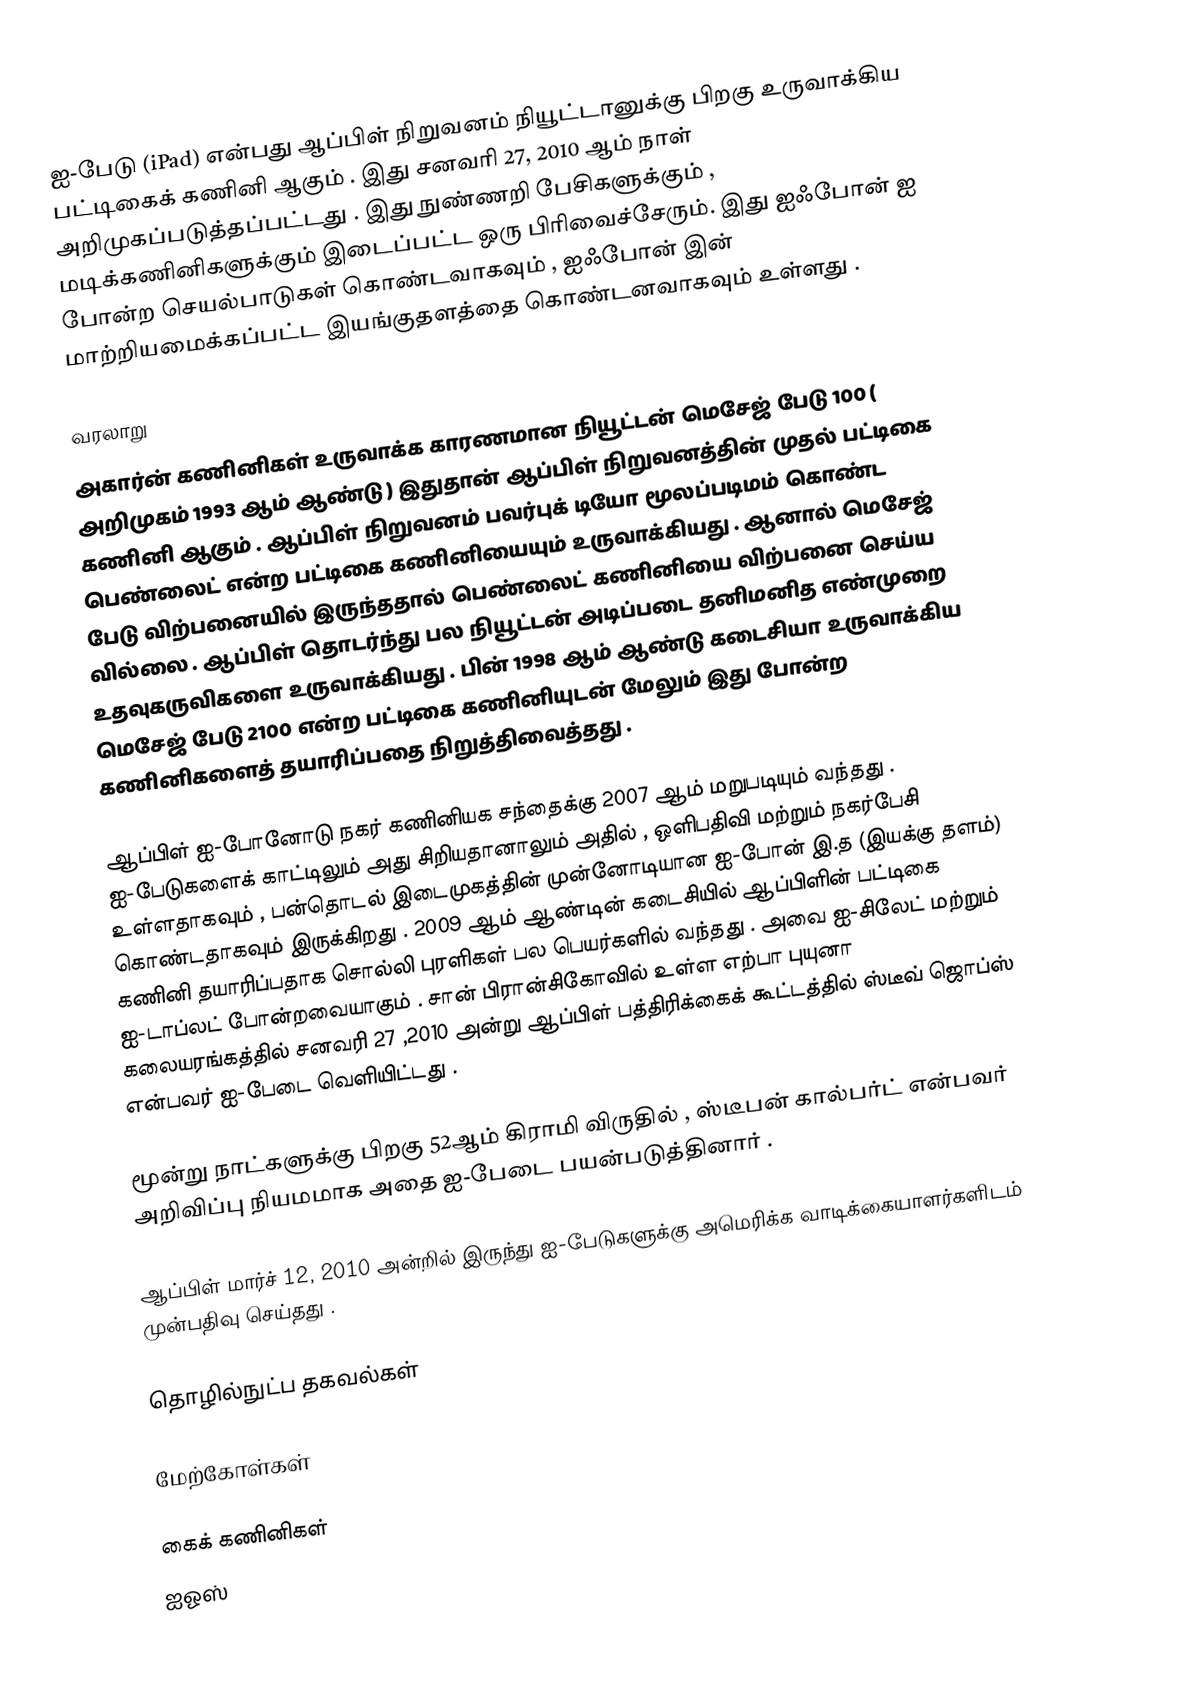
ஐ-பேடு (iPad) என்பது ஆப்பிள் நிறுவனம் நியூட்டானுக்கு பிறகு உருவாக்கிய பட்டிகைக் கணினி ஆகும் . இது சனவரி 27, 2010 ஆம் நாள் அறிமுகப்படுத்தப்பட்டது . இது நுண்ணறி பேசிகளுக்கும் , மடிக்கணினிகளுக்கும் இடைப்பட்ட ஒரு பிரிவைச்சேரும். இது ஐஃபோன் ஐ போன்ற செயல்பாடுகள் கொண்டவாகவும் , ஐஃபோன் இன் மாற்றியமைக்கப்பட்ட இயங்குதளத்தை கொண்டனவாகவும் உள்ளது .

வரலாறு
அகார்ன் கணினிகள் உருவாக்க காரணமான நியூட்டன் மெசேஜ் பேடு 100 ( அறிமுகம் 1993 ஆம் ஆண்டு ) இதுதான் ஆப்பிள் நிறுவனத்தின் முதல் பட்டிகை கணினி ஆகும் . ஆப்பிள் நிறுவனம் பவர்புக் டியோ மூலப்படிமம் கொண்ட பெண்லைட் என்ற பட்டிகை கணினியையும் உருவாக்கியது . ஆனால் மெசேஜ் பேடு விற்பனையில் இருந்ததால் பெண்லைட் கணினியை விற்பனை செய்ய வில்லை . ஆப்பிள் தொடர்ந்து பல நியூட்டன் அடிப்படை தனிமனித எண்முறை உதவுகருவிகளை உருவாக்கியது . பின் 1998 ஆம் ஆண்டு கடைசியா உருவாக்கிய மெசேஜ் பேடு 2100 என்ற பட்டிகை கணினியுடன் மேலும் இது போன்ற கணினிகளைத் தயாரிப்பதை நிறுத்திவைத்தது .

ஆப்பிள் ஐ-போனோடு நகர் கணினியக சந்தைக்கு 2007 ஆம் மறுபடியும் வந்தது . ஐ-பேடுகளைக் காட்டிலும் அது சிறியதானாலும் அதில் , ஒளிபதிவி மற்றும் நகர்பேசி உள்ளதாகவும் , பன்தொடல் இடைமுகத்தின் முன்னோடியான ஐ-போன் இ.த (இயக்கு தளம்) கொண்டதாகவும் இருக்கிறது . 2009 ஆம் ஆண்டின் கடைசியில் ஆப்பிளின் பட்டிகை கணினி தயாரிப்பதாக சொல்லி புரளிகள் பல பெயர்களில் வந்தது . அவை ஐ-சிலேட் மற்றும் ஐ-டாப்லட் போன்றவையாகும் . சான் பிரான்சிகோவில் உள்ள எற்பா புயுனா கலையரங்கத்தில் சனவரி 27 ,2010 அன்று ஆப்பிள் பத்திரிக்கைக் கூட்டத்தில் ஸ்டீவ் ஜொப்ஸ் என்பவர் ஐ-பேடை வெளியிட்டது .

மூன்று நாட்களுக்கு பிறகு 52ஆம் கிராமி விருதில் , ஸ்டீபன் கால்பர்ட் என்பவர் அறிவிப்பு நியமமாக அதை ஐ-பேடை பயன்படுத்தினார் .

ஆப்பிள் மார்ச் 12, 2010 அன்றில் இருந்து ஐ-பேடுகளுக்கு அமெரிக்க வாடிக்கையாளர்களிடம் முன்பதிவு செய்தது .

தொழில்நுட்ப தகவல்கள்

மேற்கோள்கள்

கைக் கணினிகள்
ஐஓஸ்